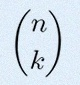
\binom{n}{k}